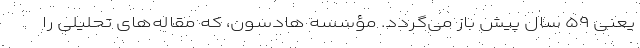
یعنی ۵۹ سال پیش باز می‌گردد. مؤسسه هادسون، که مقاله‌های تحلیلی را